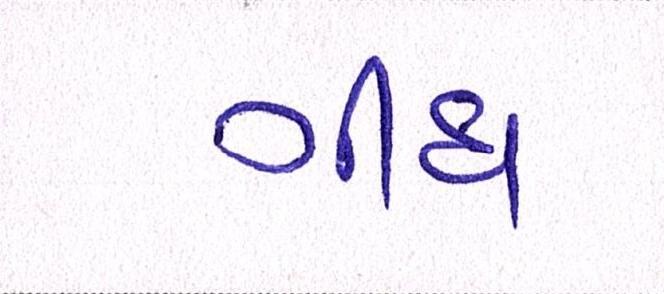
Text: ગીધ